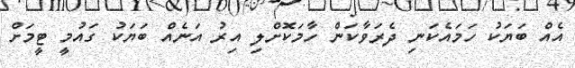
އެއް ބަޔަކު ހަމައެކަނި ދެރަވާކަން ހާމަކޮށްލި އިރު އަނެއް ބަޔަކު ގައުމީ ޓީމަށް